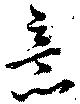
意